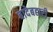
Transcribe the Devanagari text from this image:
बादेबहारी